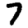
Digit: 7